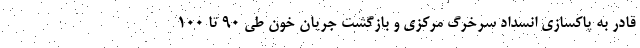
قادر به پاکسازی انسداد سرخرگ مرکزی و بازگشت جریان خون طی 90 تا 100